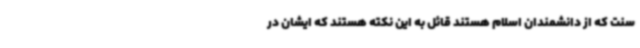
سنت که از دانشمندان اسلام هستند قائل به این نکته هستند که ایشان در